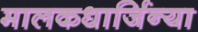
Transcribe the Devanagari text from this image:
मालकधार्जिन्या